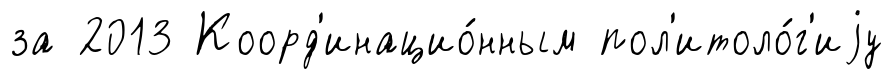
за 2013 Коорд'инацио́нным пол'итоло́г'иjу